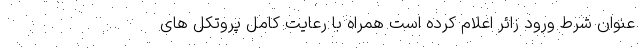
عنوان شرط ورود زائر اعلام کرده است همراه با رعایت کامل پروتکل های